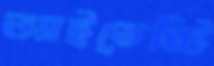
আইডেন্টি